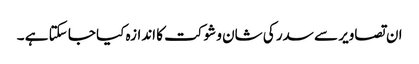
ان تصاویر سے سدر کی شان و شوکت کا اندازہ کیا جا سکتا ہے ۔